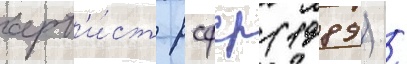
арт'и́ст рсфср (1989) /